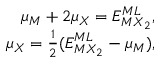
\begin{array} { r } { \mu _ { M } + 2 \mu _ { X } = E _ { M X _ { 2 } } ^ { M L } , } \\ { \mu _ { X } = \frac { 1 } { 2 } ( E _ { M X _ { 2 } } ^ { M L } - \mu _ { M } ) , } \end{array}